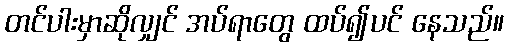
တင်ပါးမှာဆိုလျှင် အပ်ရာတွေ ထပ်၍ပင် နေသည်။